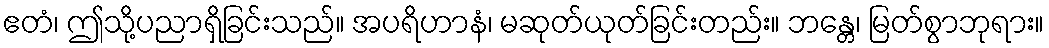
ဧတံ၊ ဤသို့ပညာရှိခြင်းသည်။ အပရိဟာနံ၊ မဆုတ်ယုတ်ခြင်းတည်း။ ဘန္တေ၊ မြတ်စွာဘုရား။